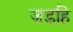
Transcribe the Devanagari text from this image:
जडहि